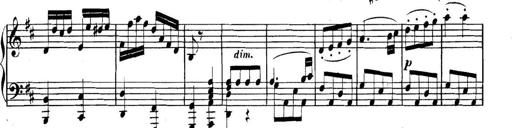
Title: Collected Piano Sonatas
Composer: Muzio Clementi